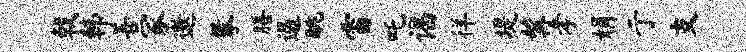
戟韩善冢邀攀膳遏眺雷吒谒徉堤髯孝娟亍支